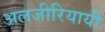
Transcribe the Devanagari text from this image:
अलजीरियायी